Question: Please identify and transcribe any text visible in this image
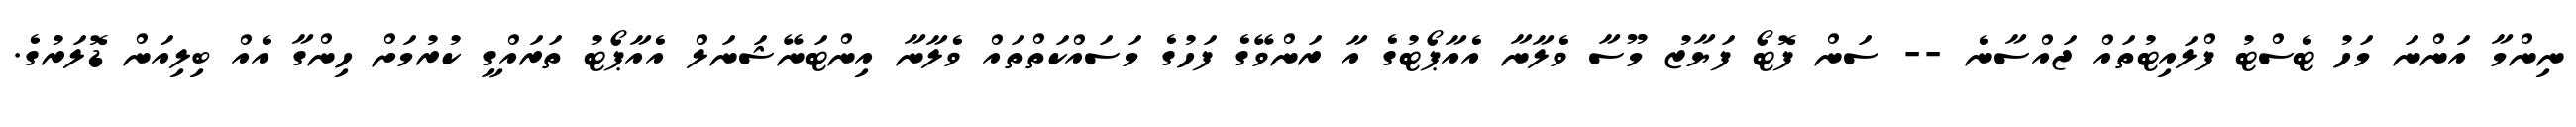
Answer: ނިންމާ އަންނަ މަހު ޓެސްޓު ފްލައިޓުތައް ޖައްސާނެ -- ސަން ފޮޓޯ ފަޔާޒު މޫސާ ވެލާނާ އެއާޕޯޓުގެ އާ ރަންވޭގެ ފަހުގެ މަސައްކަތްތައް ވެލާނާ އިންޓަނޭޝަނަލް އެއާޕޯޓު ތަރައްގީ ކުރުމަށް ހިންގާ އެއް ބިލިއަން ޑޮލަރުގެ.